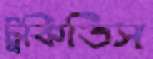
টুকিতিস